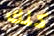
كلك